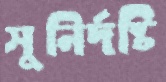
সুনির্দষ্টি